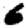
Digit: 6